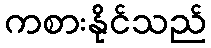
ကစားနိုင်သည်